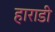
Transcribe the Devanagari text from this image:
हाराडी